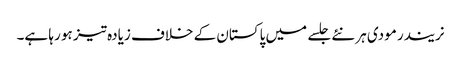
نریندر مودی ہر نئے جلسے میں پاکستان کے خلاف زیادہ تیز ہو رہا ہے۔